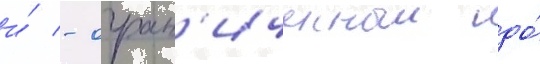
и́ - огран'иченныи до́